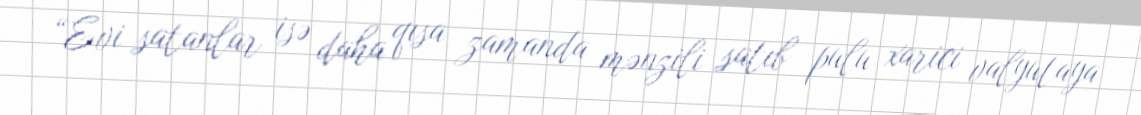
“Evi satanlar isə daha qısa zamanda mənzili satıb pulu xarici valyutaya